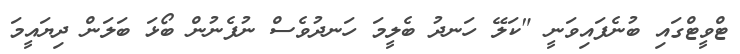
ޓްވީޓްގައި ބުނެފައިވަނީ "ކަލޭ ހަނދު ބެލީމަ ހަނދުވެސް ނުފެނުން ބޯޅަ ބަލަން ދިޔައީމަ